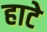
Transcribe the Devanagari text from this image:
हाटे